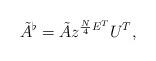
LaTeX: \begin{align*}\tilde A^\flat = \tilde A z^{\frac N4 E^T} U^T,\end{align*}